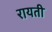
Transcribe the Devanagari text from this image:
रायती